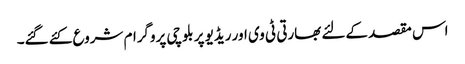
اس مقصد کےلئے بھارتی ٹی وی اور ریڈیو پر بلوچی پروگرام شروع کئے گئے۔